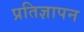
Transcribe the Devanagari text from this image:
प्रतिज्ञापन